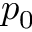
p _ { 0 }